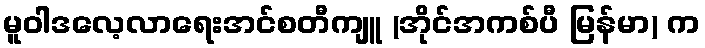
မူဝါဒလေ့လာရေးအင်စတီကျူ (အိုင်အကစ်ပီ မြန်မာ) က